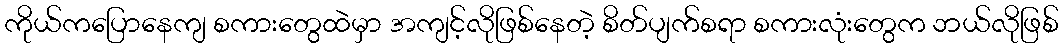
ကိုယ်ကပြောနေကျ စကားတွေထဲမှာ အကျင့်လိုဖြစ်နေတဲ့ စိတ်ပျက်စရာ စကားလုံးတွေက ဘယ်လိုဖြစ်